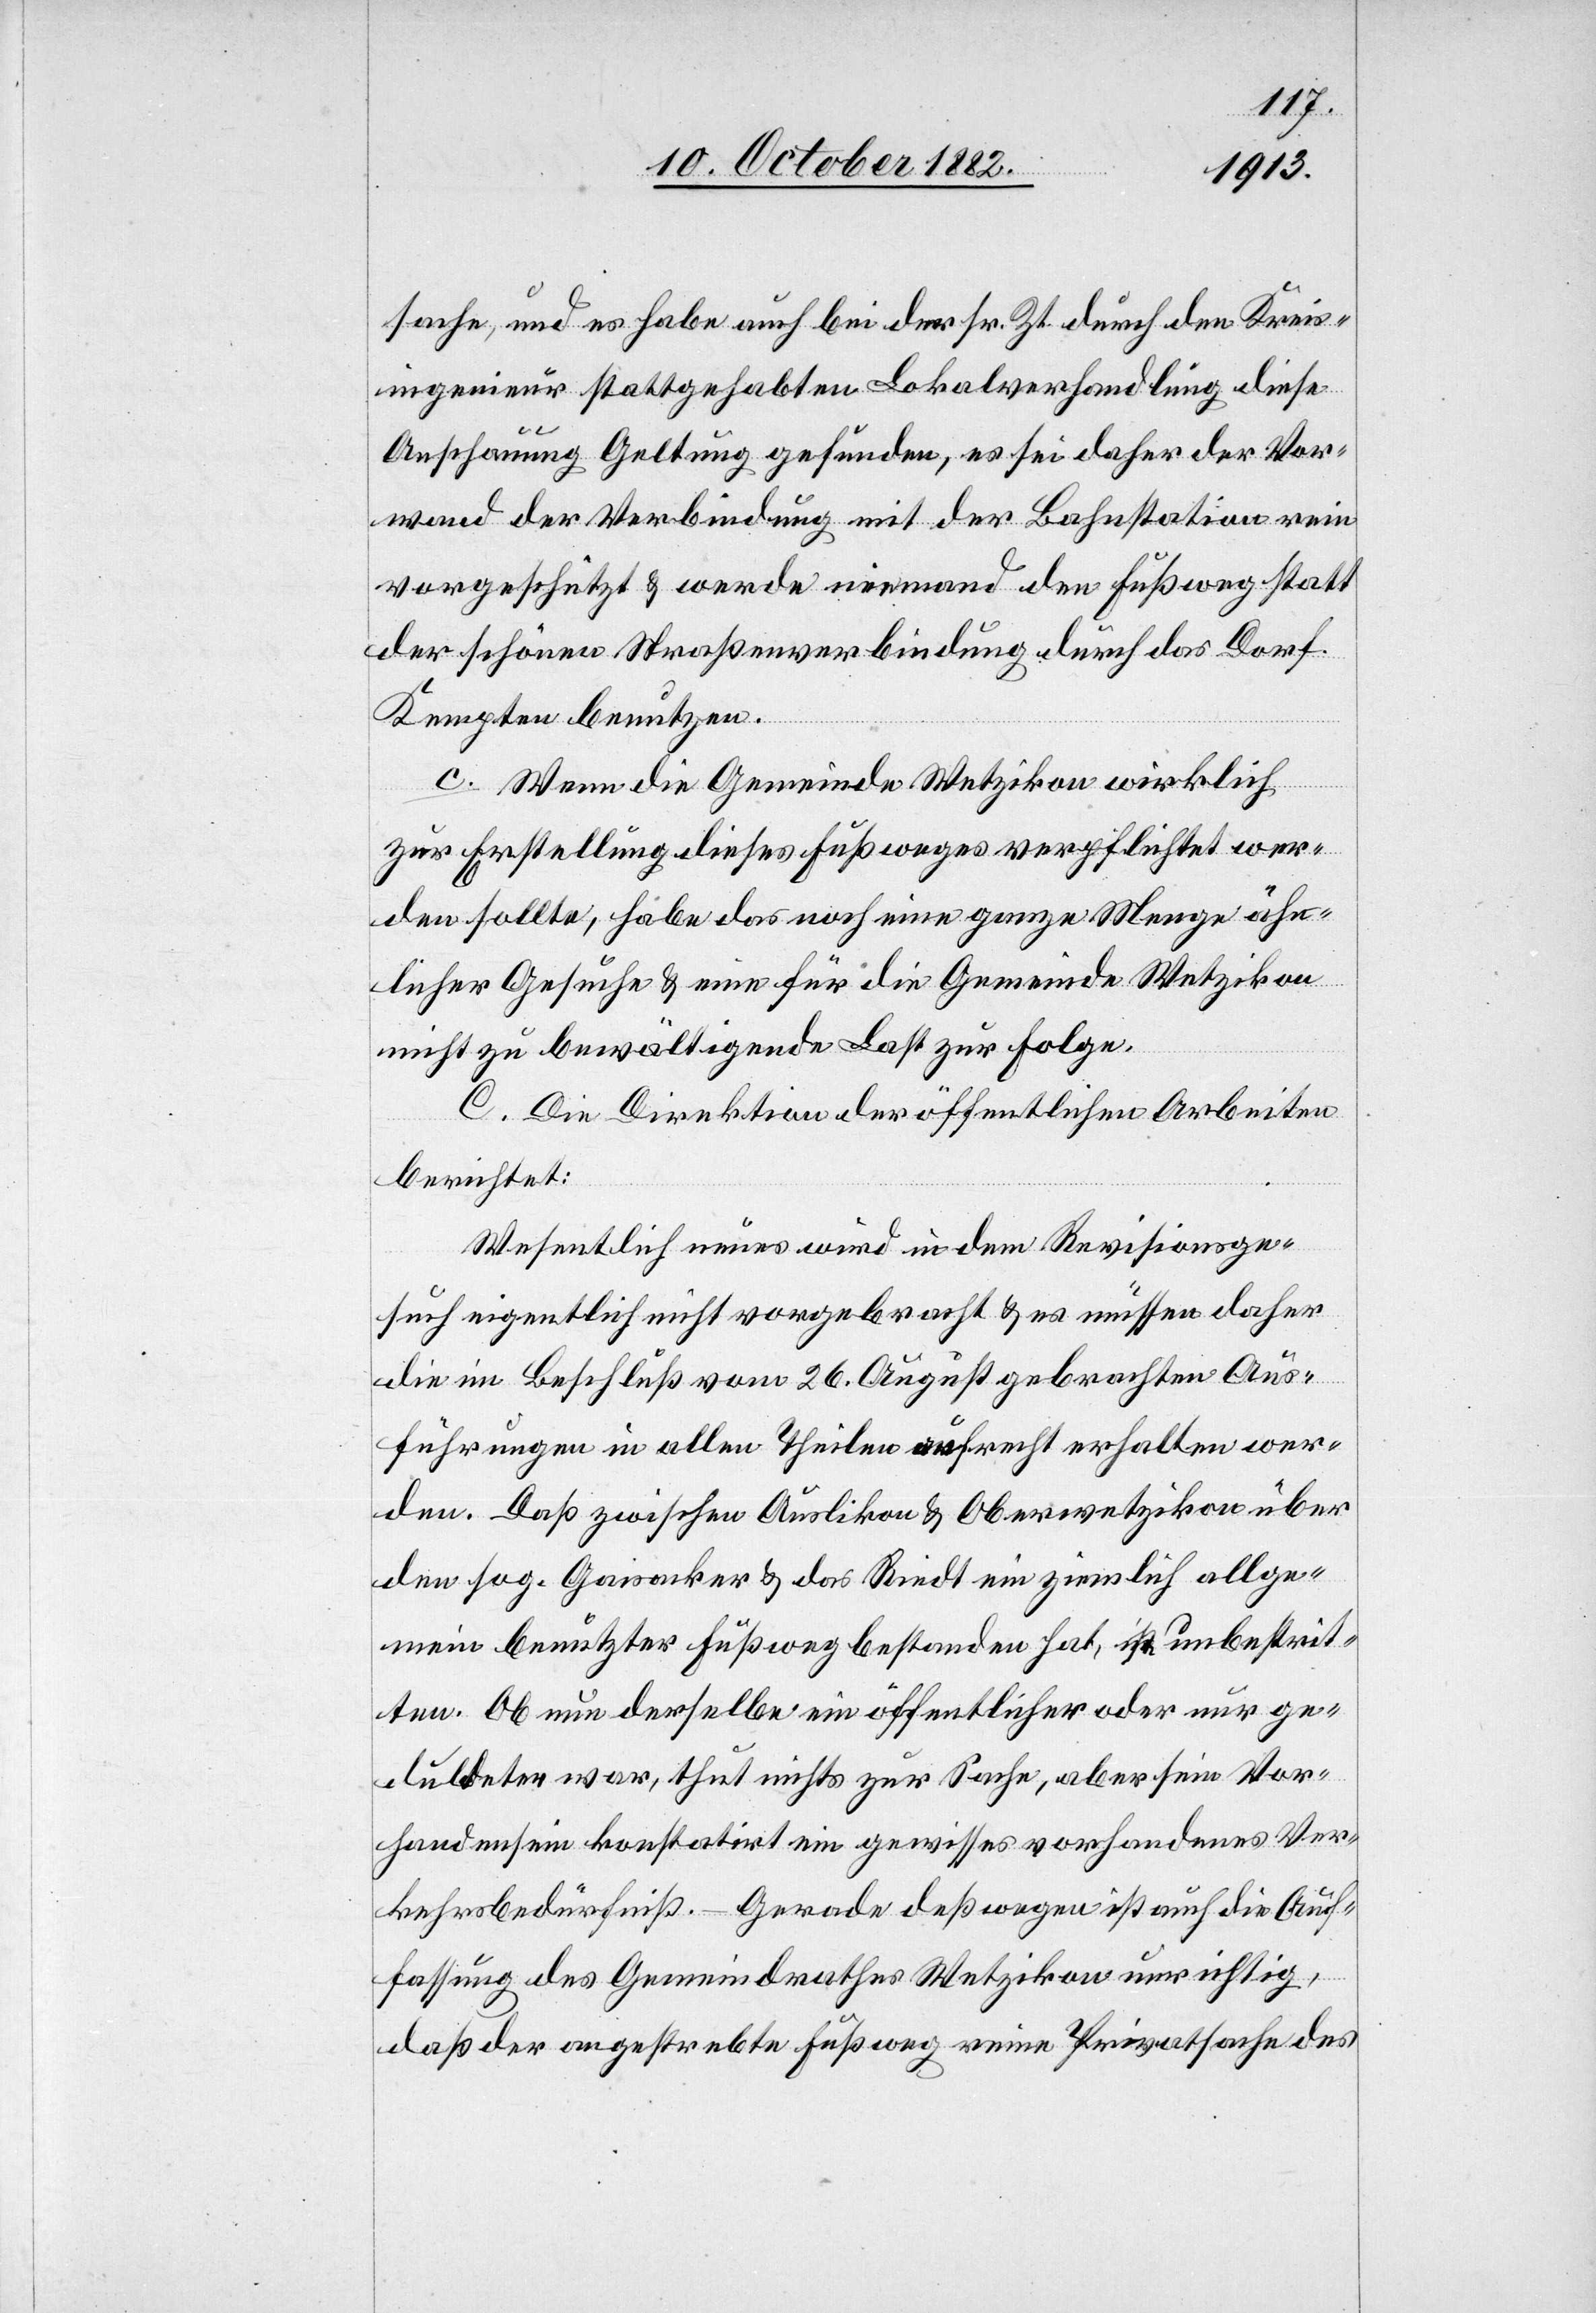
sache, und es habe auch bei der sr. Zt. durch den Kreis¬
ingenieur stattgehabten Lokalverhandlung diese
Anschauung Geltung gefunden, es sei daher der Vor¬
wand der Verbindung mit der Bahnstation rein
vorgeschützt & werde niemand den Fußweg statt
der schönen Straßenverbindung durch das Dorf
Kempten benutzen.
c. Wenn die Gemeinde Wetzikon wirklich
zur Erstellung dieses Fußweges verpflichtet wer¬
den sollte, habe das noch eine ganze Menge ähn¬
licher Gesuche & eine für die Gemeinde Wetzikon
nicht zu bewältigende Last zur Folge.
C. Die Direktion der öffentlichen Arbeiten
berichtet:
Wesentlich neues wird in dem Revisionsge¬
such eigentlich nicht vorgebracht & es müssen daher
die im Beschluß vom 26. August gebrachten Aus¬
führungen in allen Theilen aufrecht erhalten wer¬
den. Daß zwischen Auslikon & Oberwetzikon über
den sog. Gaisacker & das Riedt ein ziemlich allge¬
mein benutzter Fußweg bestanden hat, ist unbestrit¬
ten. Ob nun derselbe ein öffentlicher oder nur ge¬
duldeter war, thut nichts zur Sache, aber sein Vor¬
handensein konstatirt ein gewisses vorhandenes Ver¬
kehrsbedürfniß. – Gerade deßwegen ist auch die Auf¬
fassung des Gemeindrathes Wetzikon unrichtig,
daß der angestrebte Fußweg eine Privatsache des